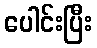
ပေါင်းပြီး